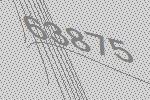
63875